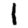
Digit: 1